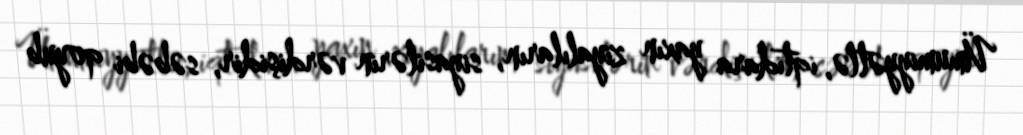
Ümumiyyətlə, iqtidara yaxın ziyalıların, siyasilərin vərdişidir, səbəbi qoyub